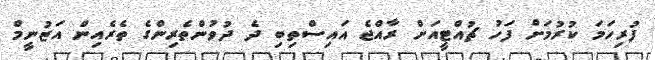
ފުރިހަމަ ކުރުމަށް ފަހު ޗުއްޓީއަށް ރާއްޖެ އައިސްތިބި ދެ ދުވުންތެރިންގެ ތެރެއިން އަޒުނީމް